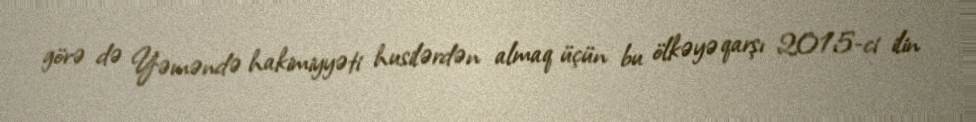
görə də Yəməndə hakimiyyəti husilərdən almaq üçün bu ölkəyə qarşı 2015-ci ilin